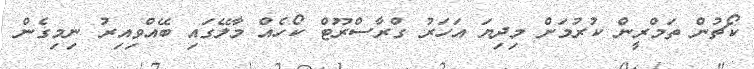
ކޯޗުން ތަމްރީން ކުރުމަށް މިދިޔަ އަހަރު ގްރާސްރޫޓް ކޯހެއް މާލޭގައި ބޭއްވިއިރު ނިމިގެން